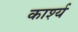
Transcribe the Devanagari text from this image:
कार्श्य